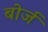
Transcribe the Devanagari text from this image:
बोर्ज